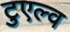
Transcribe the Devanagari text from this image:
टुएल्व